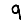
Digit: 9